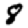
Digit: 8